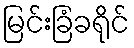
မြင်းခြံခရိုင်